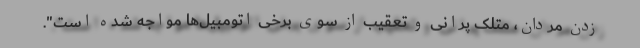
زدن مردان، متلک پرانی و تعقیب از سوی برخی اتومبیل‌ها مواجه شده است".